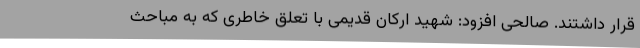
قرار داشتند. صالحی افزود: شهید ارکان قدیمی با تعلق خاطری که به مباحث